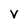
Character: v